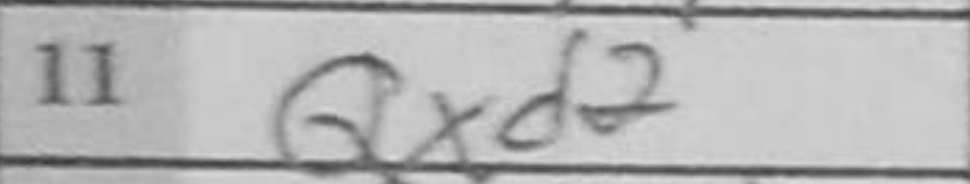
Transcription: Qxd2